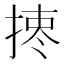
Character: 𢰯